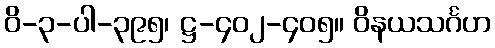
ဝိ-၃-ပါ-၃၉၅၊ ဋ္ဌ-၄၀၂-၄၀၅။ ဝိနယသင်္ဂဟ